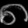
Digit: ၈